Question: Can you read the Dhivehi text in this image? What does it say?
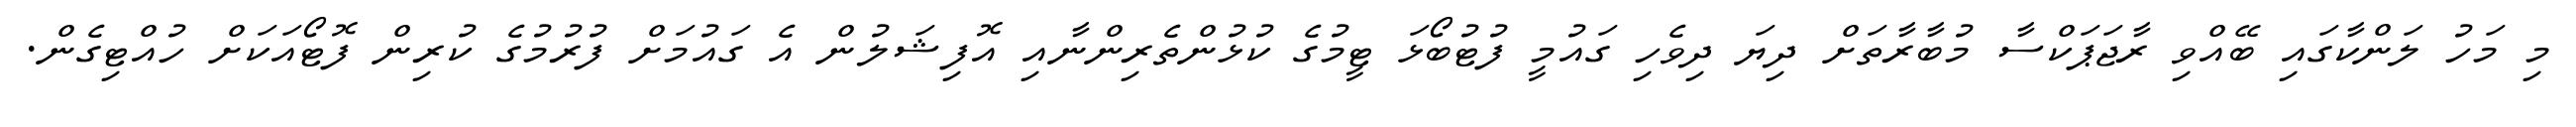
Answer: މި މަހު ލަންކާގައި ބޭއްވި ރާޖަޕަކްސާ މުބާރާތަށް ދިޔަ ދިވެހި ގައުމީ ފުޓުބޯޅަ ޓީމުގެ ކުޅުންތެރިންނާއި އޮފިޝަލުން އެ ގައުމަށް ފުރުމުގެ ކުރިން ފޮޓޯއަކަށް ހުއްޓިގެން.